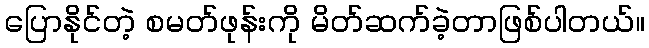
ပြောနိုင်တဲ့ စမတ်ဖုန်းကို မိတ်ဆက်ခဲ့တာဖြစ်ပါတယ်။